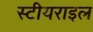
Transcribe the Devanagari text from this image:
स्टीयराइल